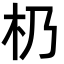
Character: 㭁